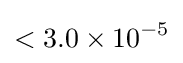
<3.0\times 10^{-5}